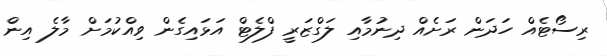
ރިސޯޓެއް ހަދަން ރަށެއް ދިނުމާއި ލަގްޒަރީ ފްލެޓް އަޅައިގެން ވިއްކުމަށް މާލެ އިން